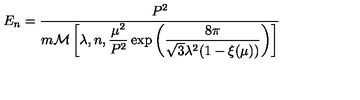
E _ { n } = \frac { P ^ { 2 } } { m { \cal M } \left[ \lambda , n , \displaystyle { \frac { \mu ^ { 2 } } { P ^ { 2 } } } \exp \left( { \frac { 8 \pi } { \sqrt { 3 } \lambda ^ { 2 } ( 1 - \xi ( \mu ) ) } } \right) \right] }